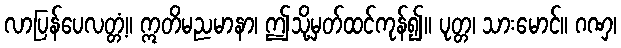
လာပြန်ပေလတ္တံ့။ ဣတိမညမာနာ၊ ဤသို့မှတ်ထင်ကုန်၍။ ပုတ္တ၊ သားမောင်။ ဂဏှ၊